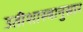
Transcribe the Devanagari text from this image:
उतीशास्त्रानुसार